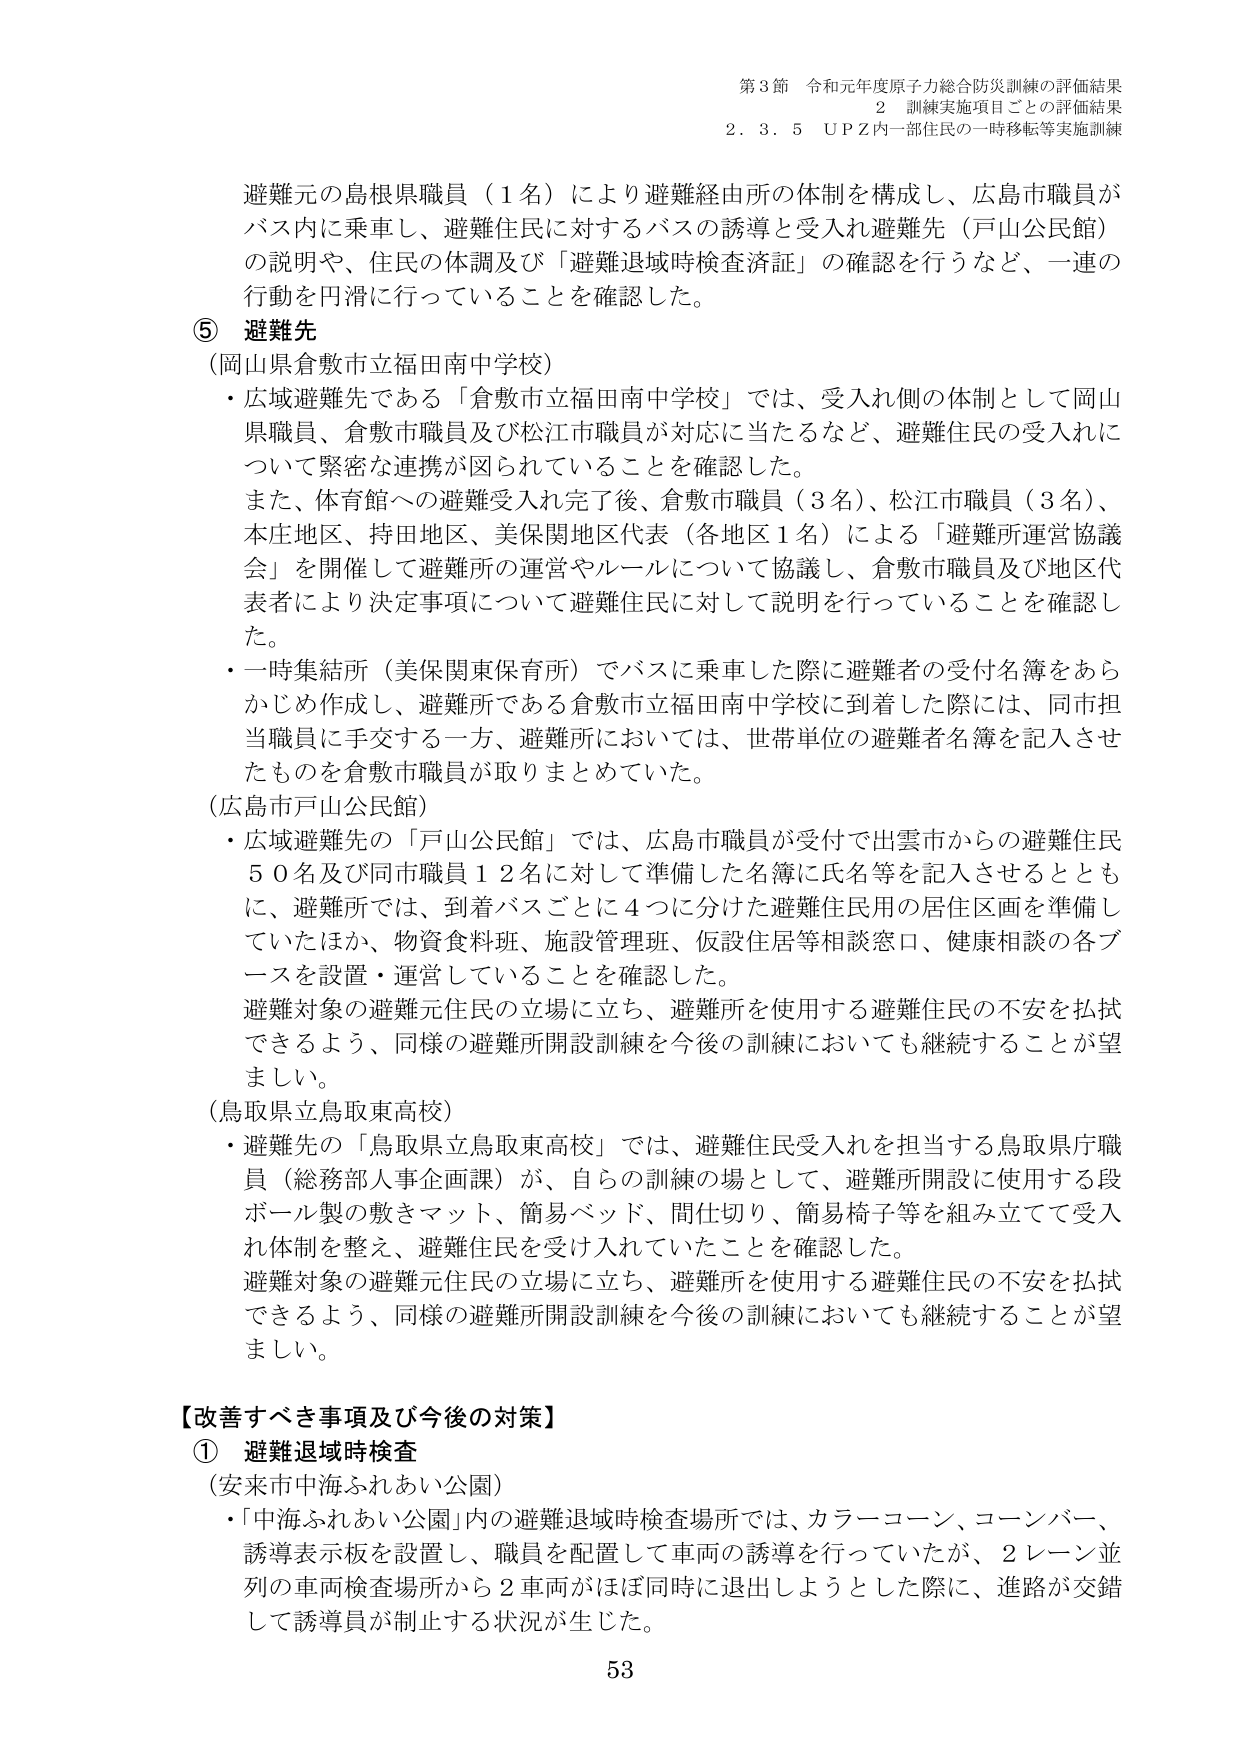
第3節 令和元年度原子力総合防災訓練の評価結果
2 訓練実施項目ごとの評価結果
2.3.5 UPZ内一部住民の一時移転等実施訓練

避難元の鳥根県職員（1名）により避難経由所の体制を構成し、広島市職員がバス内に乗車し、避難住民に対するバスの誘導と受入れ避難先（戸山公民館）の説明や、住民の体調及び「避難退域時検査済証」の確認を行うなど、一連の行動を円滑に行っていることを確認した。

⑤ 避難先
（岡山県倉敷市立福田南中学校）
・広域避難先である「倉敷市立福田南中学校」では、受入れ側の体制として岡山県職員、倉敷市職員及び松江市職員が対応に当たるなど、避難住民の受入れについて緊密な連携が図られていることを確認した。
また、体育館への避難受入れ完了後、倉敷市職員（3名）、松江市職員（3名）、本庄地区、持田地区、美保関地区代表（各地区1名）による「避難所運営協議会」を開催して避難所の運営やルールについて協議し、倉敷市職員及び地区代表者により決定事項について避難住民に対して説明を行っていることを確認した。
・一時集結所（美保関東保育所）でバスに乗車した際に避難者の受付名簿をあらかじめ作成し、避難所である倉敷市立福田南中学校に到着した際には、同市担当職員に手交する一方、避難所においては、世帯単位の避難者名簿を記入させたものを倉敷市職員が取りまとめていた。

（広島市戸山公民館）
・広域避難先の「戸山公民館」では、広島市職員が受付で出雲市からの避難住民50名及び同市職員12名に対して準備した名簿に氏名等を記入させるとともに、避難所では、到着バスごとに4つに分けた避難住民用の居住区画を準備していたほか、物資食料班、施設管理班、仮設住居等相談窓口、健康相談の各ブースを設置・運営していることを確認した。
避難対象の避難元住民の立場に立ち、避難所を使用する避難住民の不安を払拭できるよう、同様の避難所開設訓練を今後の訓練においても継続することが望ましい。

（鳥取県立鳥取東高校）
・避難先の「鳥取県立鳥取東高校」では、避難住民受入れを担当する鳥取県庁職員（総務部人事企画課）が、自らの訓練の場として、避難所開設に使用する段ボール製の敷きマット、簡易ベッド、間仕切り、簡易椅子等を組み立てて受入れ体制を整え、避難住民を受け入れていたことを確認した。
避難対象の避難元住民の立場に立ち、避難所を使用する避難住民の不安を払拭できるよう、同様の避難所開設訓練を今後の訓練においても継続することが望ましい。

【改善すべき事項及び今後の対策】
① 避難退域時検査
（安来市中海ふれあい公園）
・「中海ふれあい公園」内の避難退域時検査場所では、カラーコーン、コーンバー、誘導表示板を設置し、職員を配置して車両の誘導を行っていたが、2レーン並列の車両検査場所から2車両がほぼ同時に退出しようとした際に、進路が交錯して誘導員が制止する状況が生じた。

53